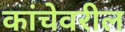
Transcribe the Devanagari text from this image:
कांचेवरील